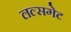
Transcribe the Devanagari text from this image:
लल्सगेट